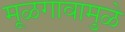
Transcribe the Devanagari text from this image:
मूळगावामुळे